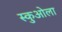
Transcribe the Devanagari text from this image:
स्कुओला